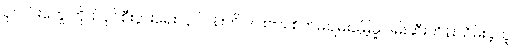
ပုလင်းတွေ ကိုယ်ပိုင်စီးပွားရေးလုပ်ငန်းကို ဒင်းဗား စိတ်မချမ်းမြေ့မှု ဖမ်းဆီးထိန်းသိမ်းခဲ့သူ